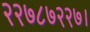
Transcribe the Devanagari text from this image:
२२७८७२२७।